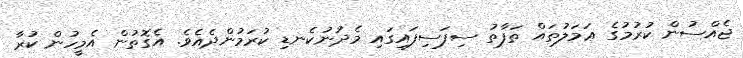
ޖެއްސުން ކުރުމުގެ ޢަމަލުތައް ތަފާތު ސިފަސިފައިގައި މެދުނުކެނޑި ކުރަމުންދެއެވެ. އެގޮތުން އެމީހުން ކުރާ